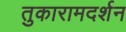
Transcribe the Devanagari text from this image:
तुकारामदर्शन